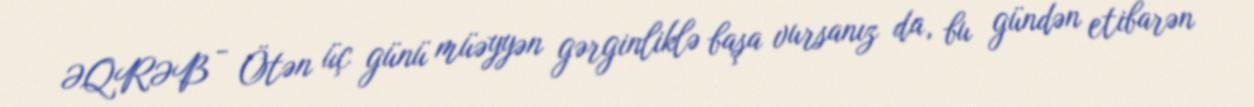
ƏQRƏB - Ötən üç günü müəyyən gərginliklə başa vursanız da, bu gündən etibarən